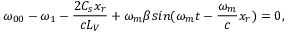
\omega _ { 0 0 } - \omega _ { 1 } - \frac { 2 C _ { s } x _ { r } } { c L _ { V } } + \omega _ { m } \beta s i n ( \omega _ { m } t - \frac { \omega _ { m } } { c } x _ { r } ) = 0 ,